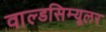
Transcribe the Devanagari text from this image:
वाल्डसिम्यूलर